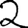
Digit: 2